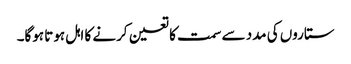
ستاروں کی مدد سے سمت کا تعین کرنے کا اہل ہوتا ہوگا۔